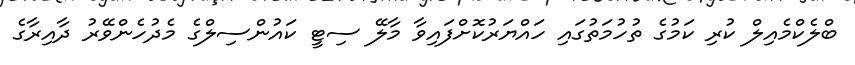
ބްލެކްމެއިލް ކުރި ކަމުގެ ތުހުމަތުގައި ހައްޔަރުކޮށްފައިވާ މާލޭ ސިޓީ ކައުންސިލްގެ މެދުހެންވޭރު ދާއިރާގެ